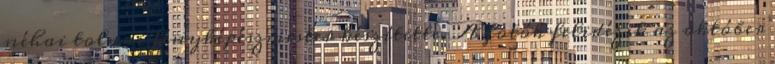
néhai tolnai fényképészmester készítette. A fotók felidézik az október